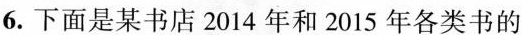
6. 下面是某书店2014年和2015年各类书的